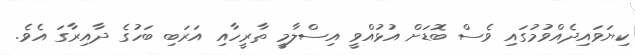
ކިޔަވައިދެއްވުމުގައި ވެސް ބޮޑަށް އުޅުއްވީ އިސްލާމީ ތާރީހާއި އަރަބި ބަހުގެ ދާއިރާގަ އެވެ.